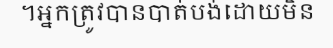
។អ្នកត្រូវបានបាត់បង់ដោយមិន